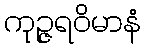
ကုဉ္ဇရဝိမာနံ